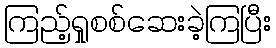
ကြည့်ရှုစစ်ဆေးခဲ့ကြပြီး